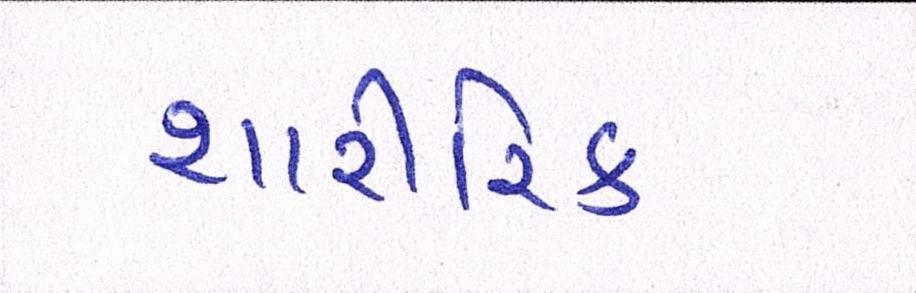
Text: શારીરિક